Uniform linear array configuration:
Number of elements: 32
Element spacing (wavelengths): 0.25
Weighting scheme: hamming
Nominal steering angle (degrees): -45
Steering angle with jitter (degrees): -44.033
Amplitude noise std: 0.05
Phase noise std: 0.05

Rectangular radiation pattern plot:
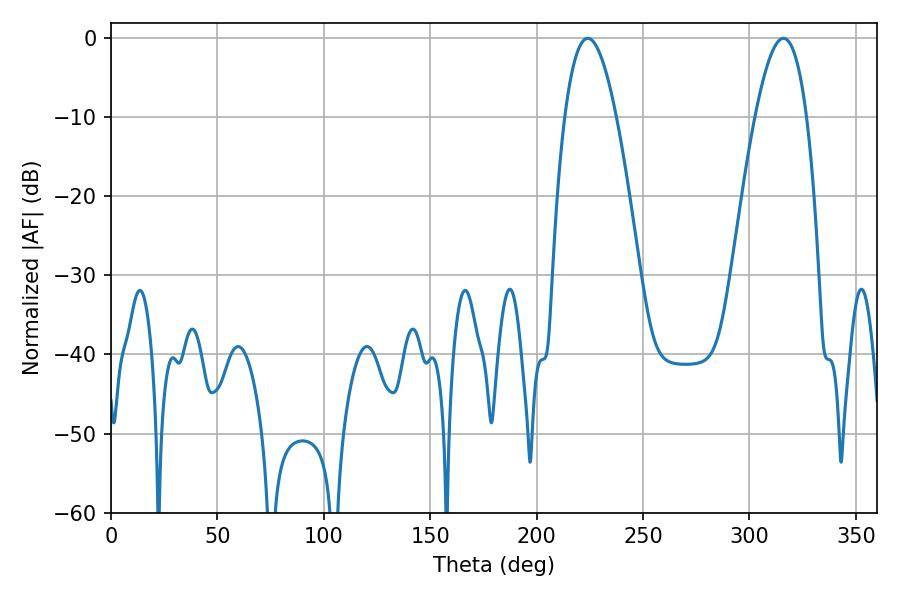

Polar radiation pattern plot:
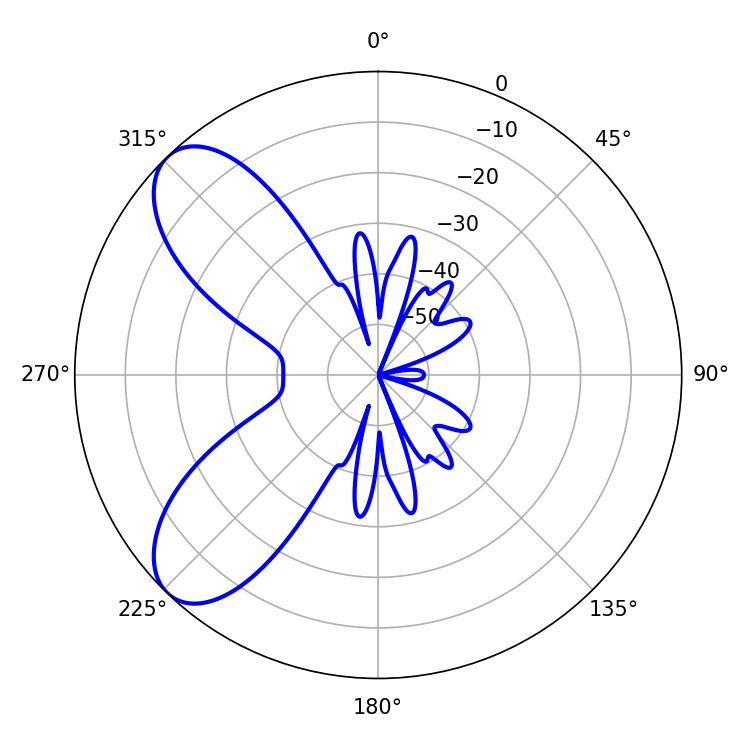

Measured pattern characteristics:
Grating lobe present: FALSE
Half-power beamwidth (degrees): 13.32
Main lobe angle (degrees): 224.1